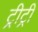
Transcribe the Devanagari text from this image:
ट्रीट्री